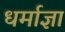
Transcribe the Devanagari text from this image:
धर्माज्ञा